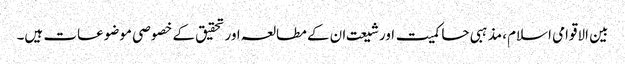
بین الاقوامی اسلام، مذہبی حاکمیت اورشیعت ان کے مطالعہ اورتحقیق کے خصوصی موضوعات ہیں۔